Document type: Sale
Year: 1440
Scribe: Pere Pau Pujades
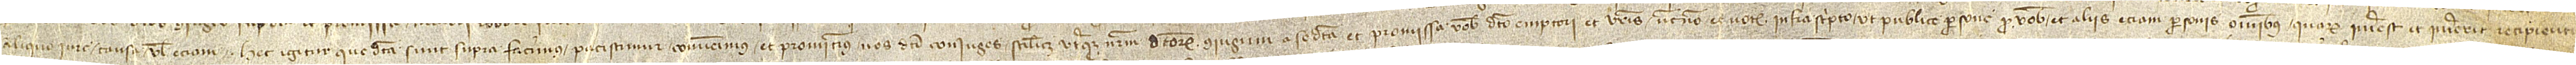
aliquo iure, causa vel etiam. Hec igitur que dicta sunt supra facimus, paciscimur, convenimus et promitimus nos dicti coniuges, scilicet, utriusque nostrum dictorum coniugium a se dicta et promissa vobis dicto emptori et vestris necnon et notario infrascripto ut publice persone pro vobis et aliis etiam personis omnibus quarum interest et intererit recipienti